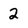
Character: 2